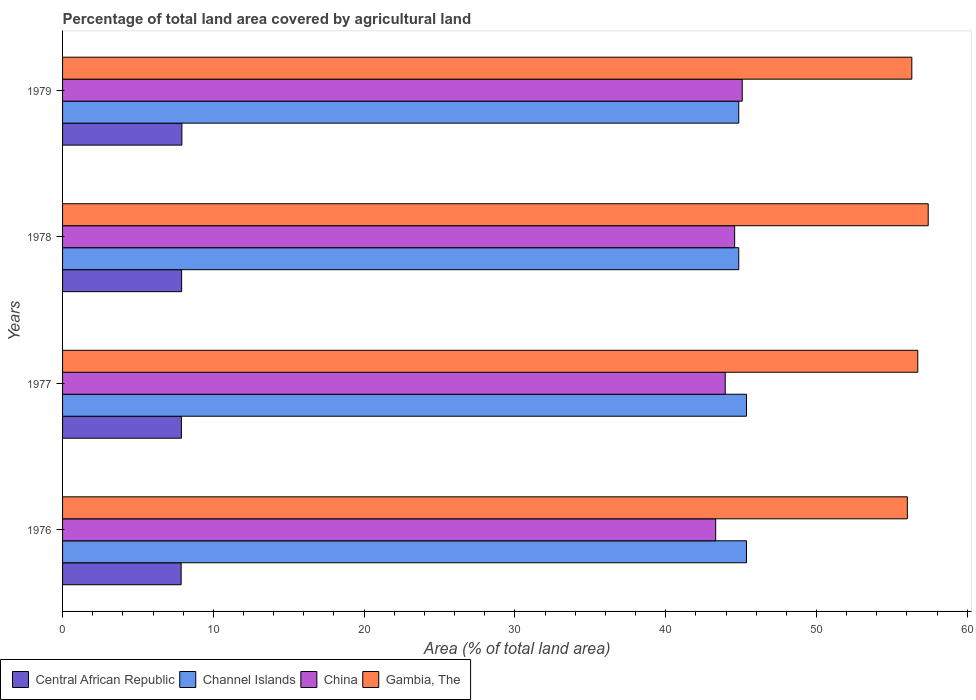
| Years | Central African Republic | Channel Islands | China | Gambia, The |
 | --- | --- | --- | --- | --- |
 | 1976 | 7.87 | 45.4 | 43.3 | 56 |
 | 1977 | 7.88 | 45.4 | 43.9 | 56.7 |
 | 1978 | 7.9 | 44.8 | 44.6 | 57.4 |
 | 1979 | 7.91 | 44.8 | 45.1 | 56.3 |